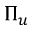
\Pi _ { u }